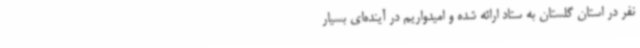
نفر در استان گلستان به ستاد ارائه شده و امیدواریم در آینده‌ای بسیار